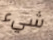
شيء